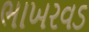
ભાખરવડ